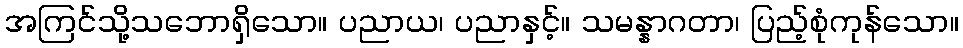
အကြင်သို့သဘောရှိသော။ ပညာယ၊ ပညာနှင့်။ သမန္နာဂတာ၊ ပြည့်စုံကုန်သော။